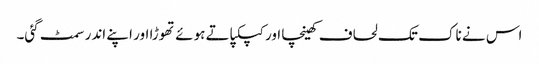
اس نے ناک تک لحاف کھینچا اور کپکپاتے ہوئے تھوڑا اور اپنے اندر سمٹ گئی۔